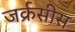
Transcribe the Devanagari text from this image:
जर्क्रसीस